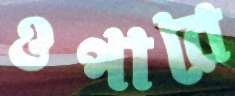
ওপারে